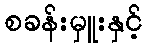
စခန်းမှူးနှင့်